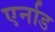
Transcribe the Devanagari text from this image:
एर्नाड